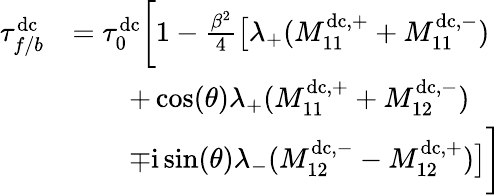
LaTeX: \begin{array}{rl}{\tau_{f/b}^{\mathrm{dc}}}&{=\tau_{0}^{\mathrm{dc}}\biggl[1-\frac{\beta^{2}}{4}\bigl[\lambda_{+}(M_{11}^{\mathrm{dc},+}+M_{11}^{\mathrm{dc},-})}\\ &{\qquad+\cos(\theta)\lambda_{+}(M_{11}^{\mathrm{dc},+}+M_{12}^{\mathrm{dc},-})}\\ &{\qquad\mp\mathrm{i}\sin(\theta)\lambda_{-}(M_{12}^{\mathrm{dc},-}-M_{12}^{\mathrm{dc},+})\bigr]\biggr]}\end{array}